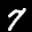
Label: 7